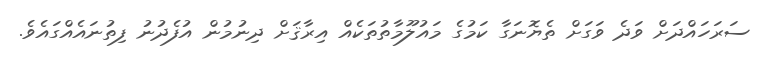
ސަރަހައްދަށް ވަދެ ވަގަށް ތެޔޮނަގާ ކަމުގެ މައުލޫމާތުތަކެއް އިރާޤަށް ދިނުމުން އުފެދުނު ފިތުނައެއްގައެވެ.